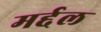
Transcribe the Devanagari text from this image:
मर्द्दल